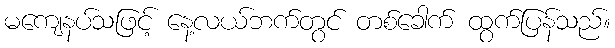
မကျေနပ်သဖြင့် နေ့လယ်ဘက်တွင် တစ်ခေါက် ထွက်ပြန်သည်။